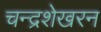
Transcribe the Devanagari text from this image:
चन्‍द्रशेखरन